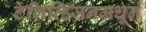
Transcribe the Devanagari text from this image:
टेलिव्हिजनमधून